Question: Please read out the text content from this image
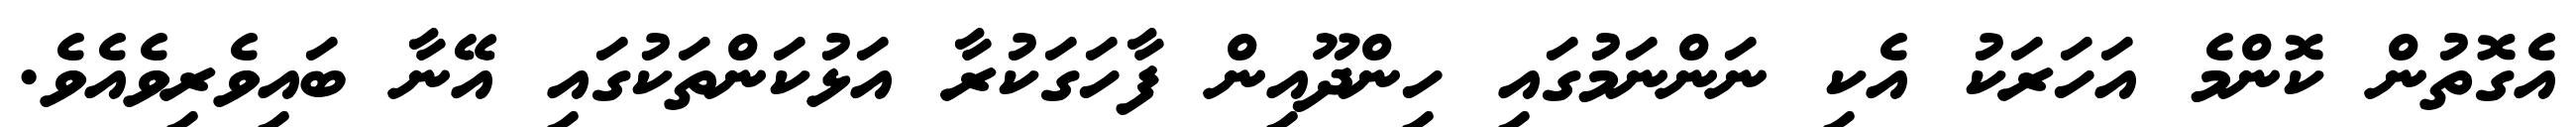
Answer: އެގޮތުން ކޮންމެ އަހަރަކު އެކި ނަންނަމުގައި ހިންދޫއިން ފާހަގަކުރާ އަޅުކަންތަކުގައި އޭނާ ބައިވެރިވެއެވެ.